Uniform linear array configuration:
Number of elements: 64
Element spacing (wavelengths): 0.25
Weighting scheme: uniform
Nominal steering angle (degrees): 45
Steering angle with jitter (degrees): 43.72
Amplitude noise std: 0.05
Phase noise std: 0.05

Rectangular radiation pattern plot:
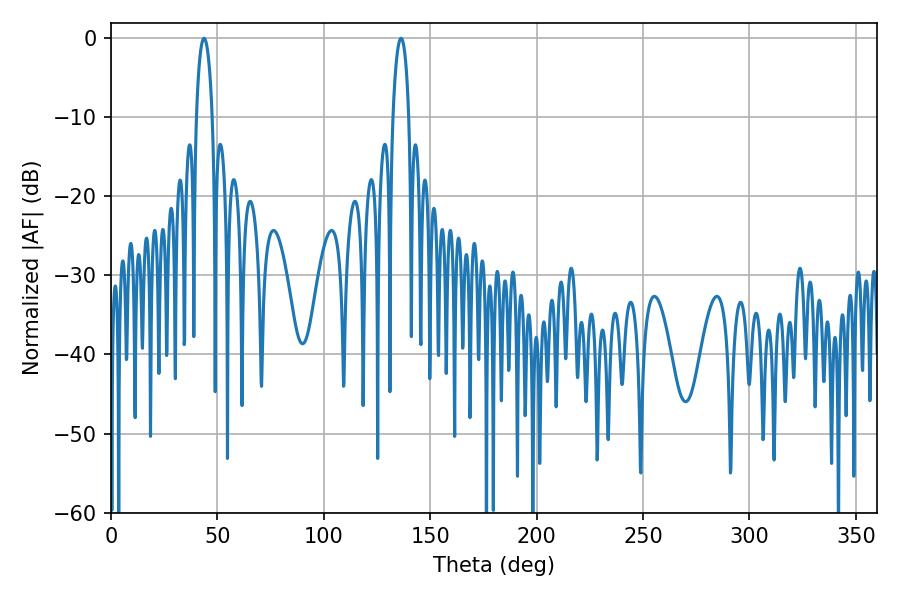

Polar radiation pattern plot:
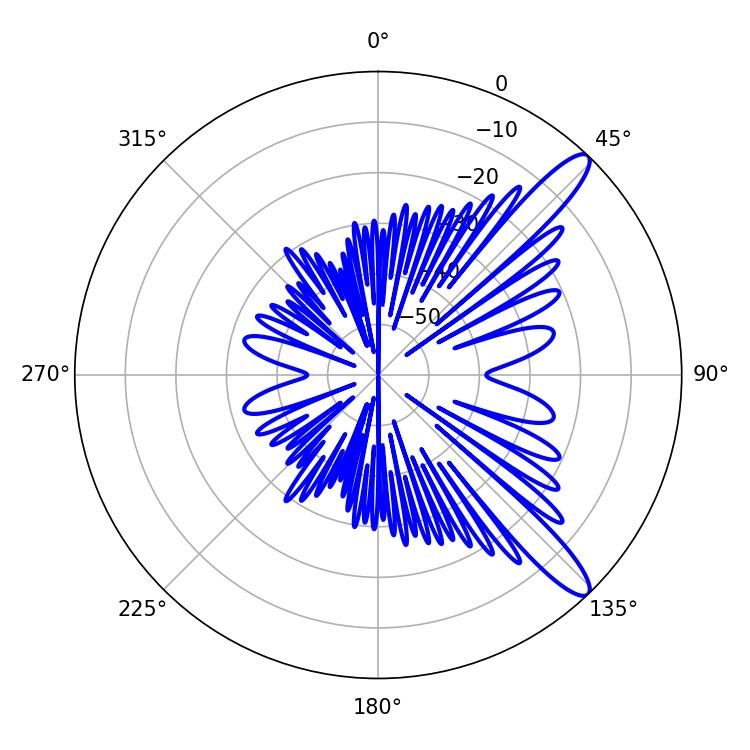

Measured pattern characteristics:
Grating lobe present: FALSE
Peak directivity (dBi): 12.255
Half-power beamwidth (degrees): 4.32
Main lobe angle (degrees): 43.74